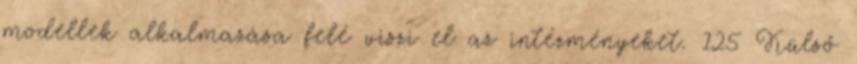
modellek alkalmazása felé viszi el az intézményeket. 125 Külső